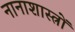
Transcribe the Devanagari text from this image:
नानाशास्त्रों